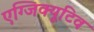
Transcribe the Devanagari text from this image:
एग्जिक्यूटिव